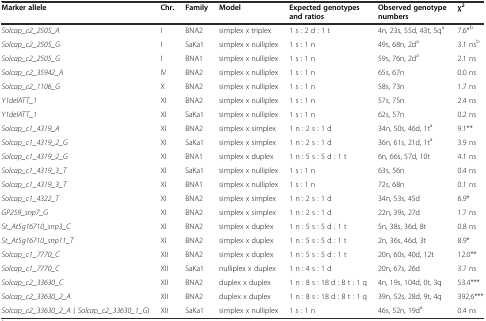
<table><thead><tr><td><b>Marker allele</b></td><td><b>Chr.</b></td><td><b>Family</b></td><td><b>Model</b></td><td><b>Expected genotypes and ratios</b></td><td><b>Observed genotype numbers</b></td><td><b>χ<sup>2</sup></b></td></tr></thead><tbody><tr><td><i>Solcap_c2_2505_A</i></td><td>I</td><td>BNA2</td><td>simplex x triplex</td><td>1 s : 2 d : 1 t</td><td>4n, 23s, 55d, 43t, 5q<sup>a</sup></td><td>7.6*<sup>b</sup></td></tr><tr><td><i>Solcap_c2_2505_G</i></td><td>I</td><td>SaKa1</td><td>simplex x nulliplex</td><td>1 s : 1 n</td><td>49s, 68n, 2d<sup>a</sup></td><td>3.1 ns<sup>b</sup></td></tr><tr><td><i>Solcap_c2_2505_G</i></td><td>I</td><td>BNA1</td><td>simplex x nulliplex</td><td>1 s : 1 n</td><td>59s, 76n, 2d<sup>a</sup></td><td>2.1 ns</td></tr><tr><td><i>Solcap_c2_35942_A</i></td><td>IV</td><td>BNA2</td><td>simplex x nulliplex</td><td>1 s : 1 n</td><td>65s, 67n</td><td>0.0 ns</td></tr><tr><td><i>Solcap_c2_1106_G</i></td><td>X</td><td>BNA2</td><td>simplex x nulliplex</td><td>1 s : 1 n</td><td>58s, 73n</td><td>1.7 ns</td></tr><tr><td><i>Y1delATT_1</i></td><td>XI</td><td>BNA2</td><td>simplex x nulliplex</td><td>1 s : 1 n</td><td>57s, 75n</td><td>2.4 ns</td></tr><tr><td><i>Y1delATT_1</i></td><td>XI</td><td>SaKa1</td><td>simplex x nulliplex</td><td>1 s : 1 n</td><td>62s, 57n</td><td>0.2 ns</td></tr><tr><td><i>Solcap_c1_4319_A</i></td><td>XI</td><td>BNA2</td><td>simplex x simplex</td><td>1 n : 2 s : 1 d</td><td>34n, 50s, 46d, 1t<sup>a</sup></td><td>9.1**</td></tr><tr><td><i>Solcap_c1_4319_2_G</i></td><td>XI</td><td>SaKa1</td><td>simplex x simplex</td><td>1 n : 2 s : 1 d</td><td>36n, 61s, 21d, 1t<sup>a</sup></td><td>3.9 ns</td></tr><tr><td><i>Solcap_c1_4319_2_G</i></td><td>XI</td><td>BNA1</td><td>simplex x duplex</td><td>1 n : 5 s : 5 d : 1 t</td><td>6n, 66s, 57d, 10t</td><td>4.1 ns</td></tr><tr><td><i>Solcap_c1_4319_3_T</i></td><td>XI</td><td>SaKa1</td><td>simplex x nulliplex</td><td>1 s : 1 n</td><td>63s, 56n</td><td>0.4 ns</td></tr><tr><td><i>Solcap_c1_4319_3_T</i></td><td>XI</td><td>BNA1</td><td>simplex x nulliplex</td><td>1 s : 1 n</td><td>72s, 68n</td><td>0.1 ns</td></tr><tr><td><i>Solcap_c1_4322_T</i></td><td>XI</td><td>BNA2</td><td>simplex x simplex</td><td>1 n : 2 s : 1 d</td><td>34n, 53s, 45d</td><td>6.9*</td></tr><tr><td><i>GP259_snp7_G</i></td><td>XI</td><td>BNA2</td><td>simplex x simplex</td><td>1 n : 2 s : 1 d</td><td>22n, 39s, 27d</td><td>1.7 ns</td></tr><tr><td><i>St_At5g16710_snp3_C</i></td><td>XI</td><td>BNA2</td><td>simplex x duplex</td><td>1 n : 5 s : 5 d : 1 t</td><td>5n, 38s, 36d, 8t</td><td>0.8 ns</td></tr><tr><td><i>St_At5g16710_snp11_T</i></td><td>XI</td><td>BNA2</td><td>simplex x duplex</td><td>1 n : 5 s : 5 d : 1 t</td><td>2n, 36s, 46d, 3t</td><td>8.9*</td></tr><tr><td><i>Solcap_c1_7770_C</i></td><td>XII</td><td>BNA2</td><td>simplex x duplex</td><td>1 n : 5 s : 5 d : 1 t</td><td>20n, 60s, 40d, 12t</td><td>12.0**</td></tr><tr><td><i>Solcap_c1_7770_C</i></td><td>XII</td><td>SaKa1</td><td>nulliplex x duplex</td><td>1 n : 4 s : 1 d</td><td>20n, 67s, 26d</td><td>3.7 ns</td></tr><tr><td><i>Solcap_c2_33630_C</i></td><td>XII</td><td>BNA2</td><td>duplex x duplex</td><td>1 n : 8 s : 18 d : 8 t : 1 q</td><td>4n, 19s, 104d, 0t, 3q</td><td>53.4***</td></tr><tr><td><i>Solcap_c2_33630_2_A</i></td><td>XII</td><td>BNA2</td><td>duplex x duplex</td><td>1 n : 8 s : 18 d : 8 t : 1 q</td><td>39n, 52s, 28d, 9t, 4q</td><td>392,6***</td></tr><tr><td><i>Solcap_c2_33630_2_A</i> ( <i>Solcap_c2_33630_1_G</i>)</td><td>XII</td><td>SaKa1</td><td>simplex x nulliplex</td><td>1 s : 1 n</td><td>46s, 52n, 19d<sup>a</sup></td><td>0.4 ns</td></tr></tbody></table>